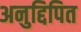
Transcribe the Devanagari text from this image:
अनुद्दिपित